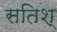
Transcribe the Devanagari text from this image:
सतिश्